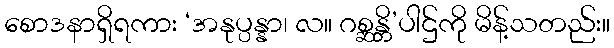
စောဒနာရှိရကား ‘အနုပ္ပန္နာ၊ လ။ ဂစ္ဆန္တိ’ပါဌ်ကို မိန့်သတည်း။